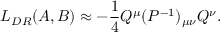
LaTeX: L _ { D R } ( A , B ) \approx - { \frac { 1 } { 4 } } Q ^ { \mu } ( P ^ { - 1 } ) _ { \mu \nu } Q ^ { \nu } .